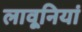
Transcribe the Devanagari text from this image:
लावूनियां